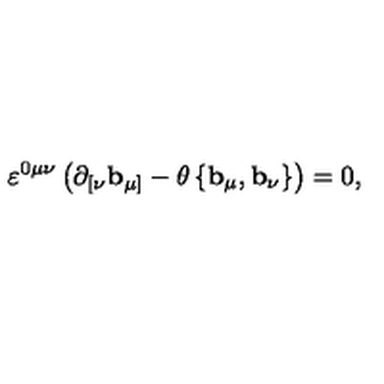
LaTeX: \varepsilon ^ { 0 \mu \nu } \left( \mathbf { \partial } _ { [ \nu } \mathbf { b } _ { \mu ] } - \theta \left\{ \mathbf { b } _ { \mu } , \mathbf { b } _ { \nu } \right\} \right) = 0 ,